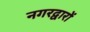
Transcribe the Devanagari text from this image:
नगरद्वारों